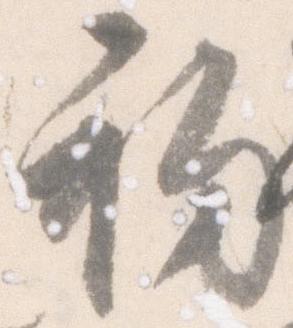
初